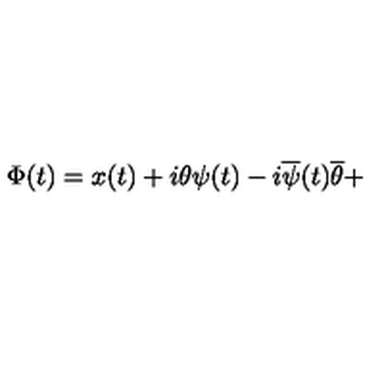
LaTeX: \Phi ( t ) = x ( t ) + i \theta \psi ( t ) - i \overline { { \psi } } ( t ) \overline { { \theta } } +